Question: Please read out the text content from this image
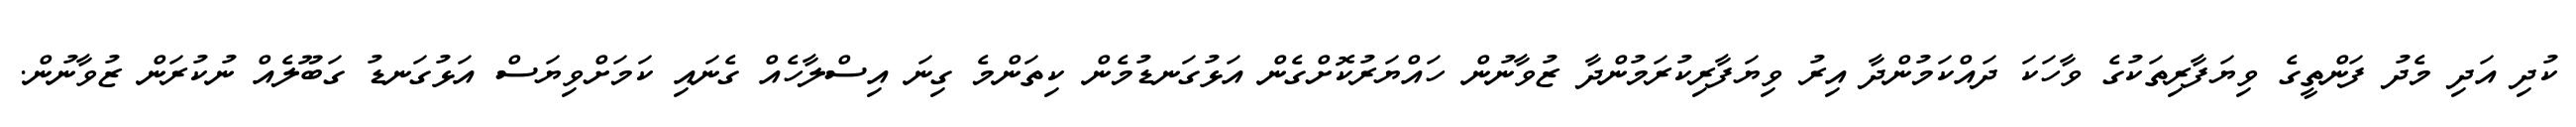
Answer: ކުދި އަދި މެދު ފަންތީގެ ވިޔަފާރިތަކުގެ ވާހަކަ ދައްކަމުންދާ އިރު ވިޔަފާރިކުރަމުންދާ ޒުވާނުން ހައްޔަރުކޮށްގެން އަޅުގަނޑުމެން ކިތަންމެ ގިނަ އިސްލާހެއް ގެނައި ކަމަށްވިޔަސް އަޅުގަނޑު ގަބޫލެއް ނުކުރަން ޒުވާނުން.